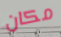
مكان